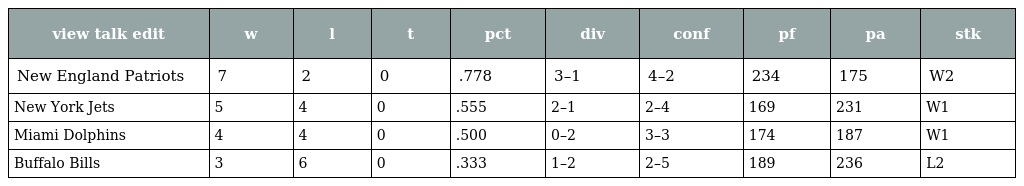
| view talk edit | w | l | t | pct | div | conf | pf | pa | stk |
 | --- | --- | --- | --- | --- | --- | --- | --- | --- | --- |
 | New England Patriots | 7 | 2 | 0 | .778 | 3–1 | 4–2 | 234 | 175 | W2 |
 | New York Jets | 5 | 4 | 0 | .555 | 2–1 | 2–4 | 169 | 231 | W1 |
 | Miami Dolphins | 4 | 4 | 0 | .500 | 0–2 | 3–3 | 174 | 187 | W1 |
 | Buffalo Bills | 3 | 6 | 0 | .333 | 1–2 | 2–5 | 189 | 236 | L2 |